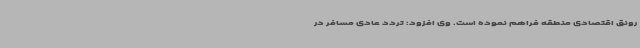
رونق اقتصادی منطقه فراهم نموده است. وی افزود: تردد عادی مسافر در